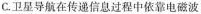
C.卫星导航在传递信息过程中依靠电磁波